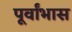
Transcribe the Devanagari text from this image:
पूर्वांभास